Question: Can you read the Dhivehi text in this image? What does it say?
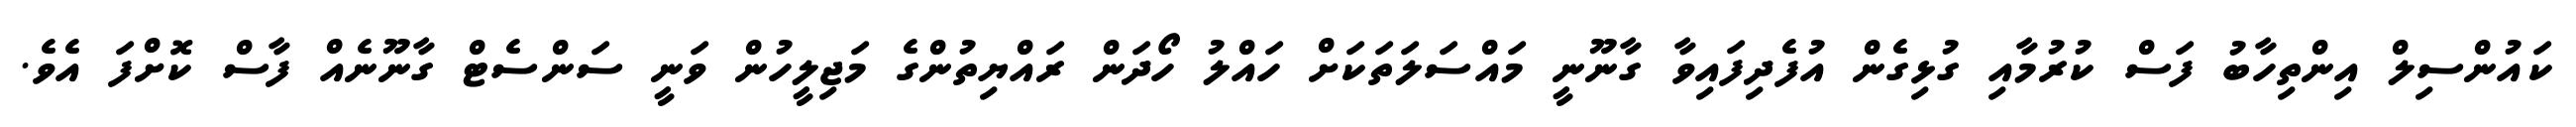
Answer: ކައުންސިލް އިންތިހާބު ފަސް ކުރުމާއި ގުޅިގެން އުފެދިފައިވާ ގާނޫނީ މައްސަލަތަކަށް ހައްލު ހޯދަން ރައްޔިތުންގެ މަޖިލީހުން ވަނީ ސަންސެޓް ގާނޫނެއް ފާސް ކޮށްފަ އެވެ.